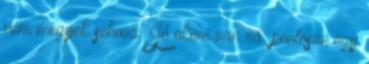
nem megyek sehova. Jó okom van rá: pontosan egy